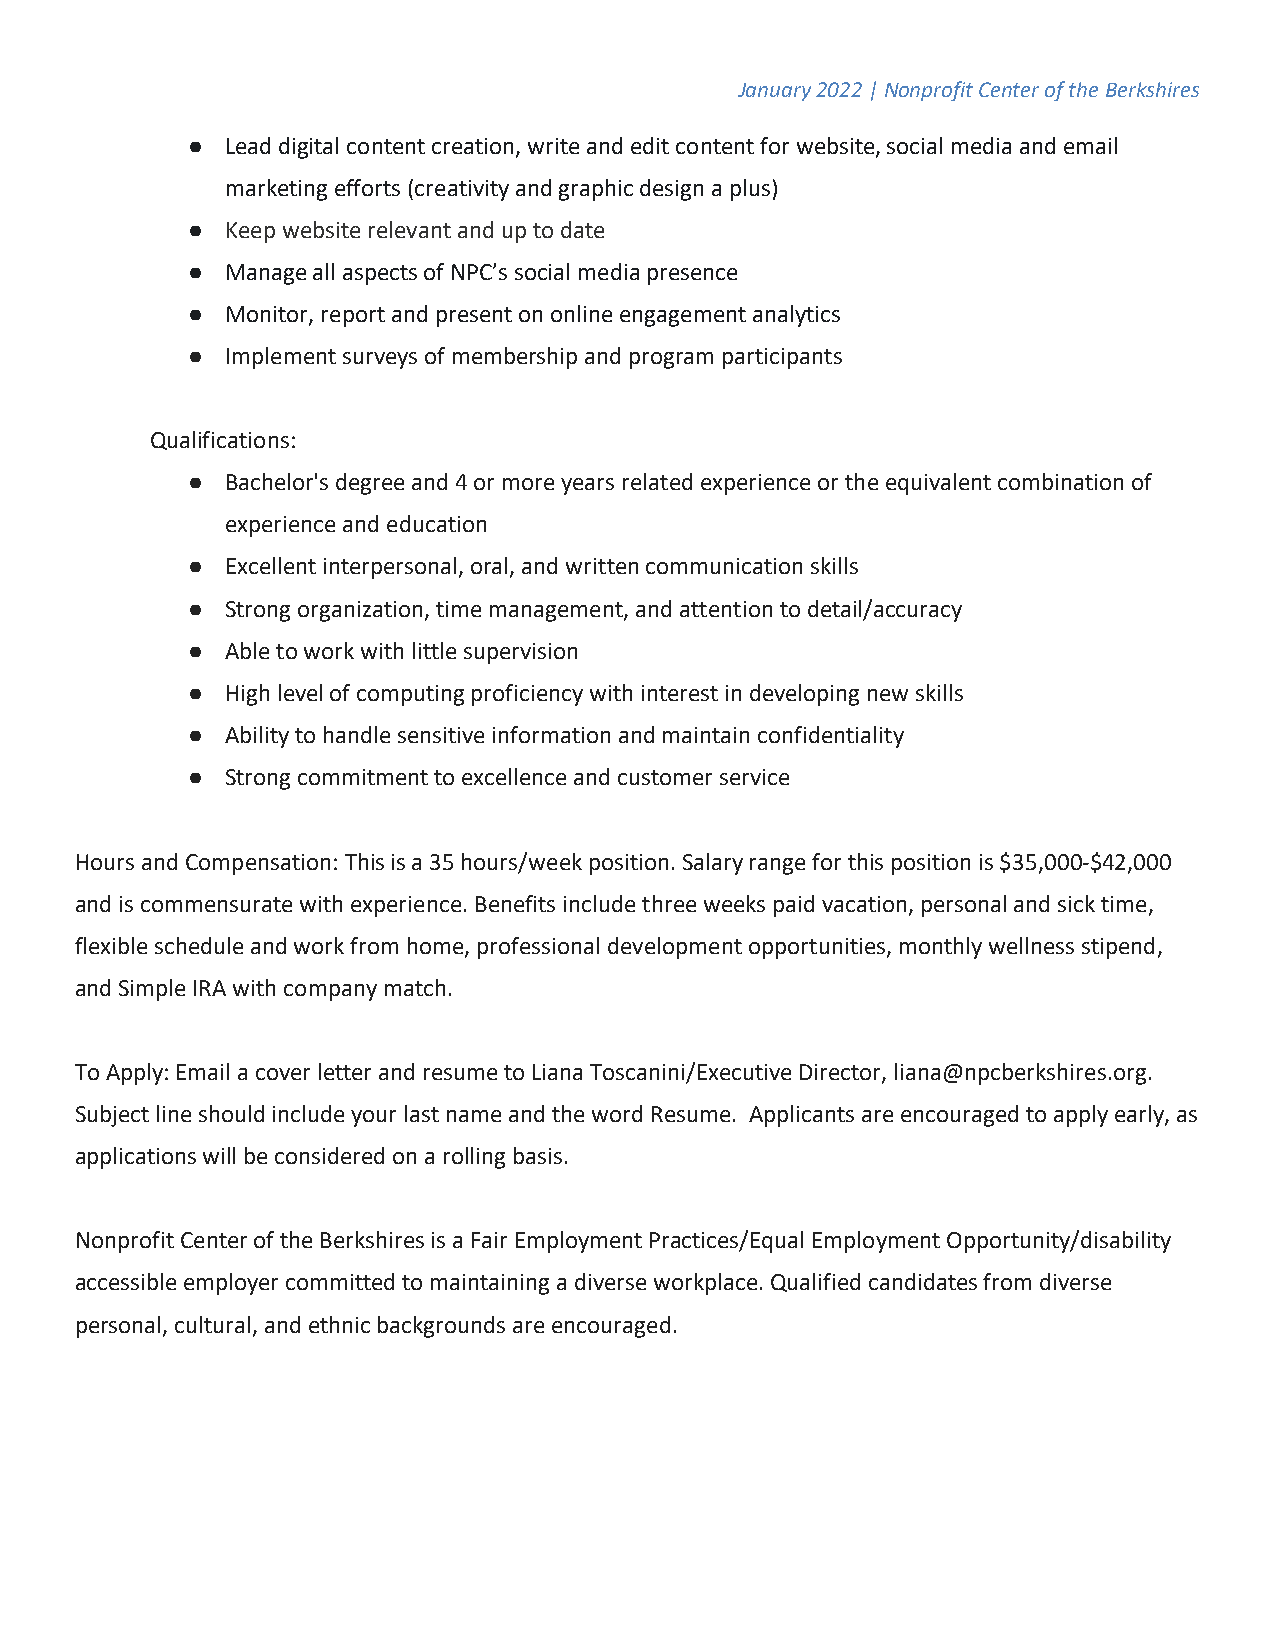
January 2022 | Nonprofit Center of the Berkshires
 ●  Lead digital content creation, write and edit content for website, social media and email
 marketing efforts (creativity and graphic design a plus)
 ●  Keep website relevant and up to date
 ●  Manage all aspects of NPC’s social media presence
 ●  Monitor, report and present on online engagement analytics
 ●  Implement surveys of membership and program participants
 Qualifications:
 ●  Bachelor's degree and 4 or more years related experience or the equivalent combination of
 experience and education
 ●  Excellent interpersonal, oral, and written communication skills
 ●  Strong organization, time management, and attention to detail/accuracy
 ●  Able to work with little supervision
 ●  High level of computing proficiency with interest in developing new skills
 ●  Ability to handle sensitive information and maintain confidentiality
 ●  Strong commitment to excellence and customer service
 Hours and Compensation: This is a 35 hours/week position. Salary range for this position is $35,000-$42,000
 and is commensurate with experience. Benefits include three weeks paid vacation, personal and sick time,
 flexible schedule and work from home, professional development opportunities, monthly wellness stipend,
 and Simple IRA with company match.
 To Apply: Email a cover letter and resume to Liana Toscanini/Executive Director, liana@npcberkshires.org.
 Subject line should include your last name and the word Resume. Applicants are encouraged to apply early, as
 applications will be considered on a rolling basis.
 Nonprofit Center of the Berkshires is a Fair Employment Practices/Equal Employment Opportunity/disability
 accessible employer committed to maintaining a diverse workplace. Qualified candidates from diverse
 personal, cultural, and ethnic backgrounds are encouraged.